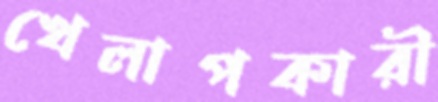
খেলাপকারী